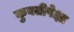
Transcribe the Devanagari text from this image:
कुवतीपेक्षा